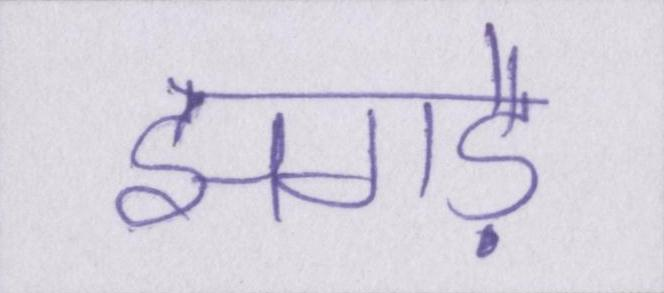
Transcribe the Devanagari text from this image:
झगड़े